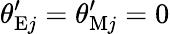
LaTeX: \theta_{\mathrm{E}j}^{\prime}=\theta_{\mathrm{M}j}^{\prime}=0